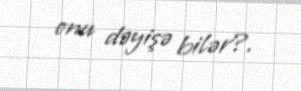
onu dəyişə bilər?.